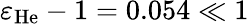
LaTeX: \varepsilon_{\mathrm{He}}-1=0.054\ll 1